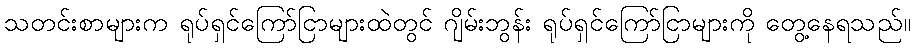
သတင်းစာများက ရုပ်ရှင်ကြော်ငြာများထဲတွင် ဂျိမ်းဘွန်း ရုပ်ရှင်ကြော်ငြာများကို တွေ့နေရသည်။